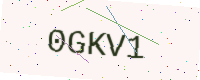
Text: 0GKV1